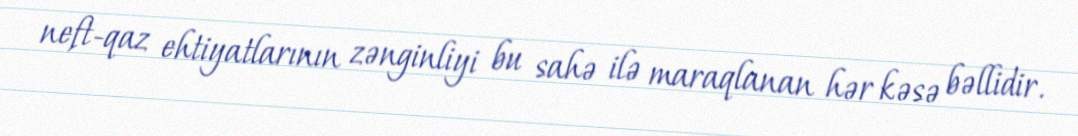
neft-qaz ehtiyatlarının zənginliyi bu sahə ilə maraqlanan hər kəsə bəllidir.